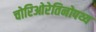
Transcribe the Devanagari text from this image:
चोरिओरेतिनोपथ्य